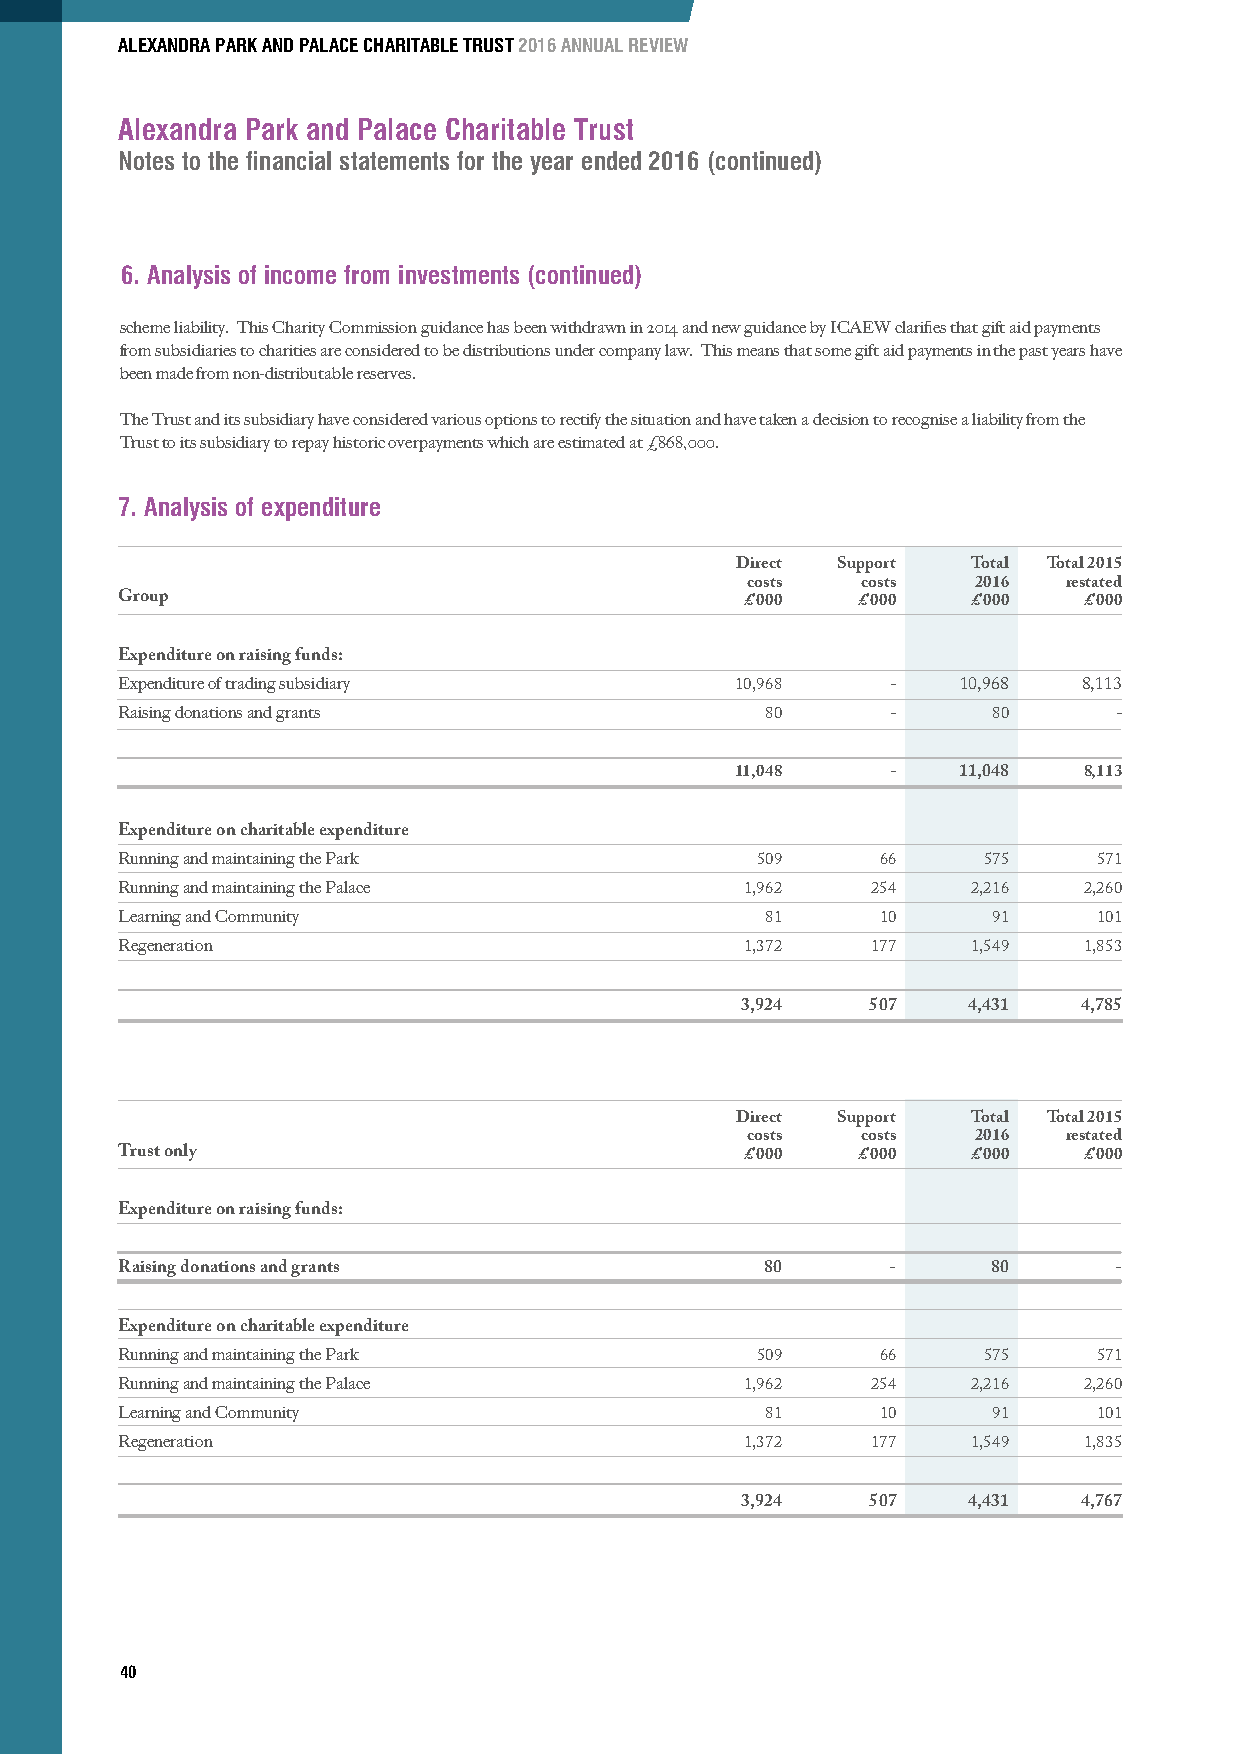
ALEXANDRA PARK AND PALACE CHARITABLE TRUST 2016 ANNUAL REVIEW
 Alexandra Park and Palace Charitable Trust
 Notes to the financial statements for the year ended 2016 (continued)
 6. Analysis of income from investments (continued)
 scheme liability. This Charity Commission guidance has been withdrawn in 2014 and new guidance by ICAEW clarifies that gift aid payments
 from subsidiaries to charities are considered to be distributions under company law. This means that some gift aid payments in the past years have
 been made from non-distributable reserves.
 The Trust and its subsidiary have considered various options to rectify the situation and have taken a decision to recognise a liability from the
 Trust to its subsidiary to repay historic overpayments which are estimated at £868,000.
 7. Analysis of expenditure
 Direct Support Total Total 2015
 costs   costs   2016  restated
 Group                                    £’000   £’000  £’000   £’000
 Expenditure on raising funds:
 Expenditure of trading subsidiary        10,968    -   10,968   8,113
 Raising donations and grants               80      -      80      -
 11,048    -   11,048   8,113
 Expenditure on charitable expenditure
 Running and maintaining the Park          509     66     575     571
 Running and maintaining the Palace       1,962    254   2,216   2,260
 Learning and Community                     81     10      91     101
 Regeneration                             1,372    177   1,549   1,853
 3,924    507   4,431   4,785
 Direct Support Total Total 2015
 costs   costs   2016  restated
 Trust only                               £’000   £’000  £’000   £’000
 Expenditure on raising funds:
 Raising donations and grants               80      -      80      -
 Expenditure on charitable expenditure
 Running and maintaining the Park          509     66     575     571
 Running and maintaining the Palace       1,962    254   2,216   2,260
 Learning and Community                     81     10      91     101
 Regeneration                             1,372    177   1,549   1,835
 3,924    507   4,431   4,767
 40